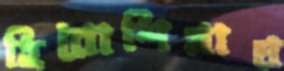
হিরোশিমায়